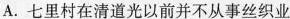
A.七里村在清道光以前并不从事丝织业